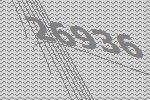
26936